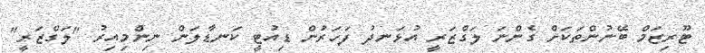
ޓޫރިޒަމް ބޭނުންތަކަށް ގެންނަ ލަގްޒަރީ އުޅަނދު ފަހަރުން ޑިއުޓީ ކަނޑާލަން ނިންމިއިރު "ލަގްޒަރީ"